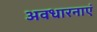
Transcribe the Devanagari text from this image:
अवधारनाएं